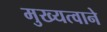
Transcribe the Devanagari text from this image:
मुख्यत्वाने